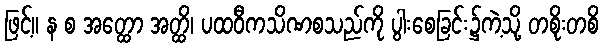
ဖြင့်။ န စ အတ္ထော အတ္ထိ၊ ပထဝီကသိဏစသည်ကို ပွါးစေခြင်း၌ကဲ့သို့ တစိုးတစိ